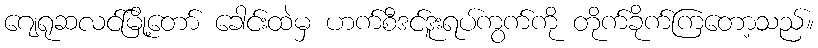
ဂျေရုဆလင်မြို့တော် ခေါင်းထဲမှ ဟက်စီဒင်ဒူးရပ်ကွက်ကို တိုက်ခိုက်ကြတော့သည်။